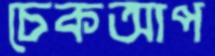
চেকআপ